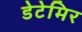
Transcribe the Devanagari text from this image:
डेटेमिर